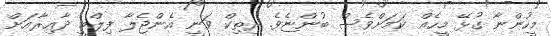
މީހުންނާ ގުޅޭ މީހެއް ކަމަށްވެސް ބުންޏެވެ. ރިތިކް ވަނީ އެންޖެލާ ފިލްމީ ދާއިރާއަށް